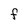
Character: F